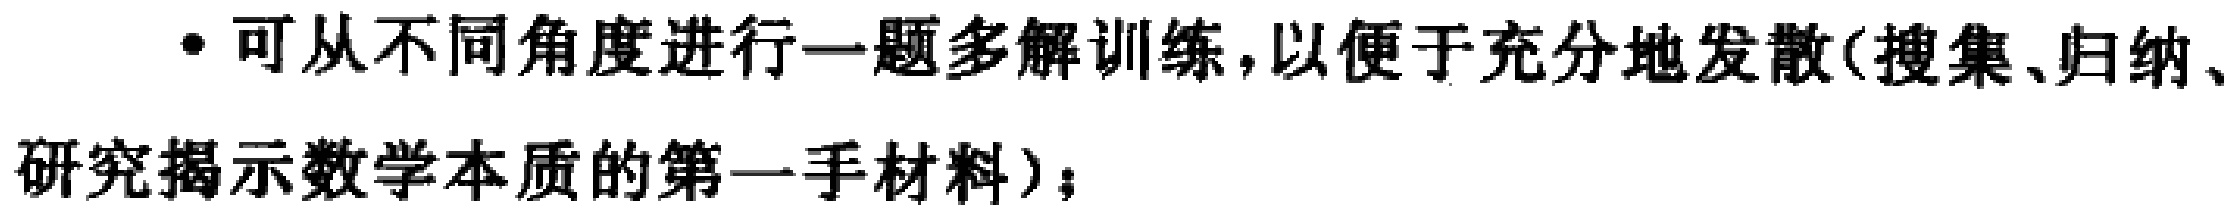
- 可从不同角度进行一题多解训练,以便于充分地发散(搜集、归纳、研究揭示数学本质的第一手材料)；